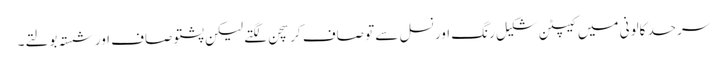
سرحد کالونی میں کیپٹن شکیل رنگ اور نسل سے تو صاف کرسچن لگتے لیکن پشتو صاف اور شستہ بولتے۔